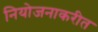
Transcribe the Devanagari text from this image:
नियोजनाकरीत